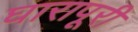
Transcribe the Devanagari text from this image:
घारापूरी